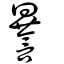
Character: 謈